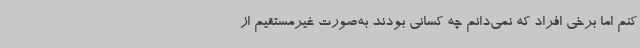
کنم اما برخی افراد که نمی‌دانم چه کسانی بودند به‌صورت غیرمستقیم از